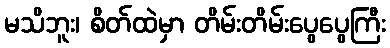
မသိဘူး၊ စိတ်ထဲမှာ တိမ်းတိမ်းပွေပွေကြီး